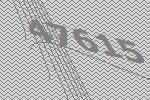
47615